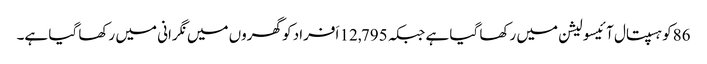
86کو ہسپتال آئیسولیشن میں رکھا گیا ہے جبکہ 12,795 اَفراد کو گھروں میں نگرانی میں رکھا گیا ہے۔